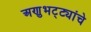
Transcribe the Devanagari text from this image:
अणुभट्ट्यांचे